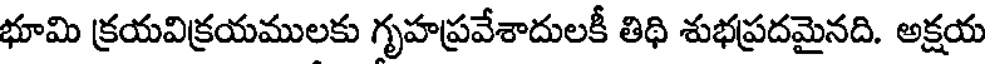
భూమి క్రయవిక్రయములకు గృహప్రవేశాదులకీ తిథి శుభప్రదమైనది. అక్షయ